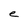
Character: e